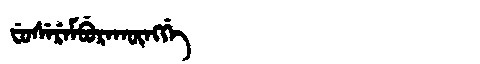
Manchu: ᠸᡠᠰᡝᡵᡝᠮᠪᡠᡵᠠᡴᡡᠩᡤᡝ
Romanization: FUSEREMBURAKŪNGGE